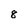
Character: 8